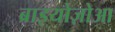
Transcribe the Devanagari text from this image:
ब्राइयोज़ोआ